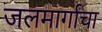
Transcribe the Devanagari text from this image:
जलमार्गाचा